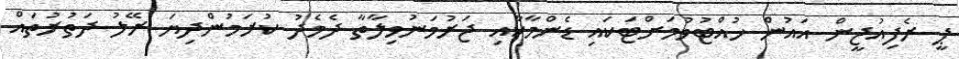
ޕީ ރެފިއުޖީން އައުން ހުއްޓުވުމަށްޓަކައި ޑެންމާކާއި ޖަރުމަނުވިލާތާ ދެމެދު ކުރަމުންދިޔަ ރޭލު ދަތުރުތައް